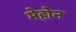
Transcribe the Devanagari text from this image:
मेहोन